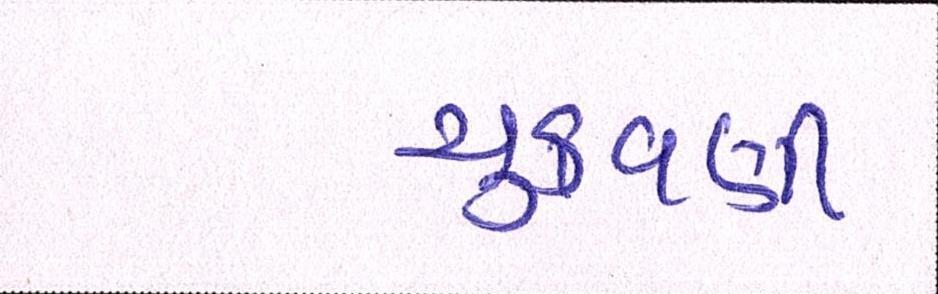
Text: ચુકવણી